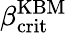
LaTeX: \beta_{\mathrm{crit}}^{\mathrm{KBM}}